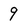
Character: 9